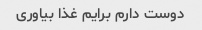
دوست دارم برایم غذا بیاوری